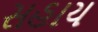
સહાય